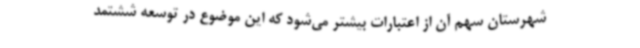
شهرستان سهم آن از اعتبارات بیشتر می‌شود که این موضوع در توسعه ششتمد